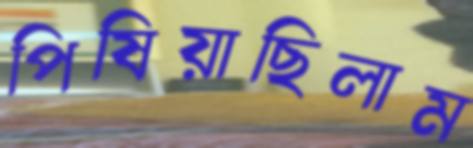
পিষিয়াছিলাম